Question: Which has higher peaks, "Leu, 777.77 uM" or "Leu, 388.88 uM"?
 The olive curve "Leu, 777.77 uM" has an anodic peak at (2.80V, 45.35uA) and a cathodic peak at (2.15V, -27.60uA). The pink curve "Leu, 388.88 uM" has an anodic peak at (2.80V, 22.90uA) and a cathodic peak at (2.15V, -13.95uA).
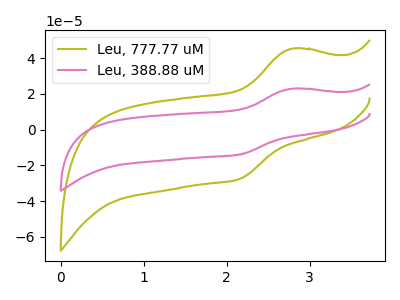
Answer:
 <answer>Every peak in "Leu, 777.77 uM" is higher than every peak in "Leu, 388.88 uM".</answer>
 <eval>higher</eval>